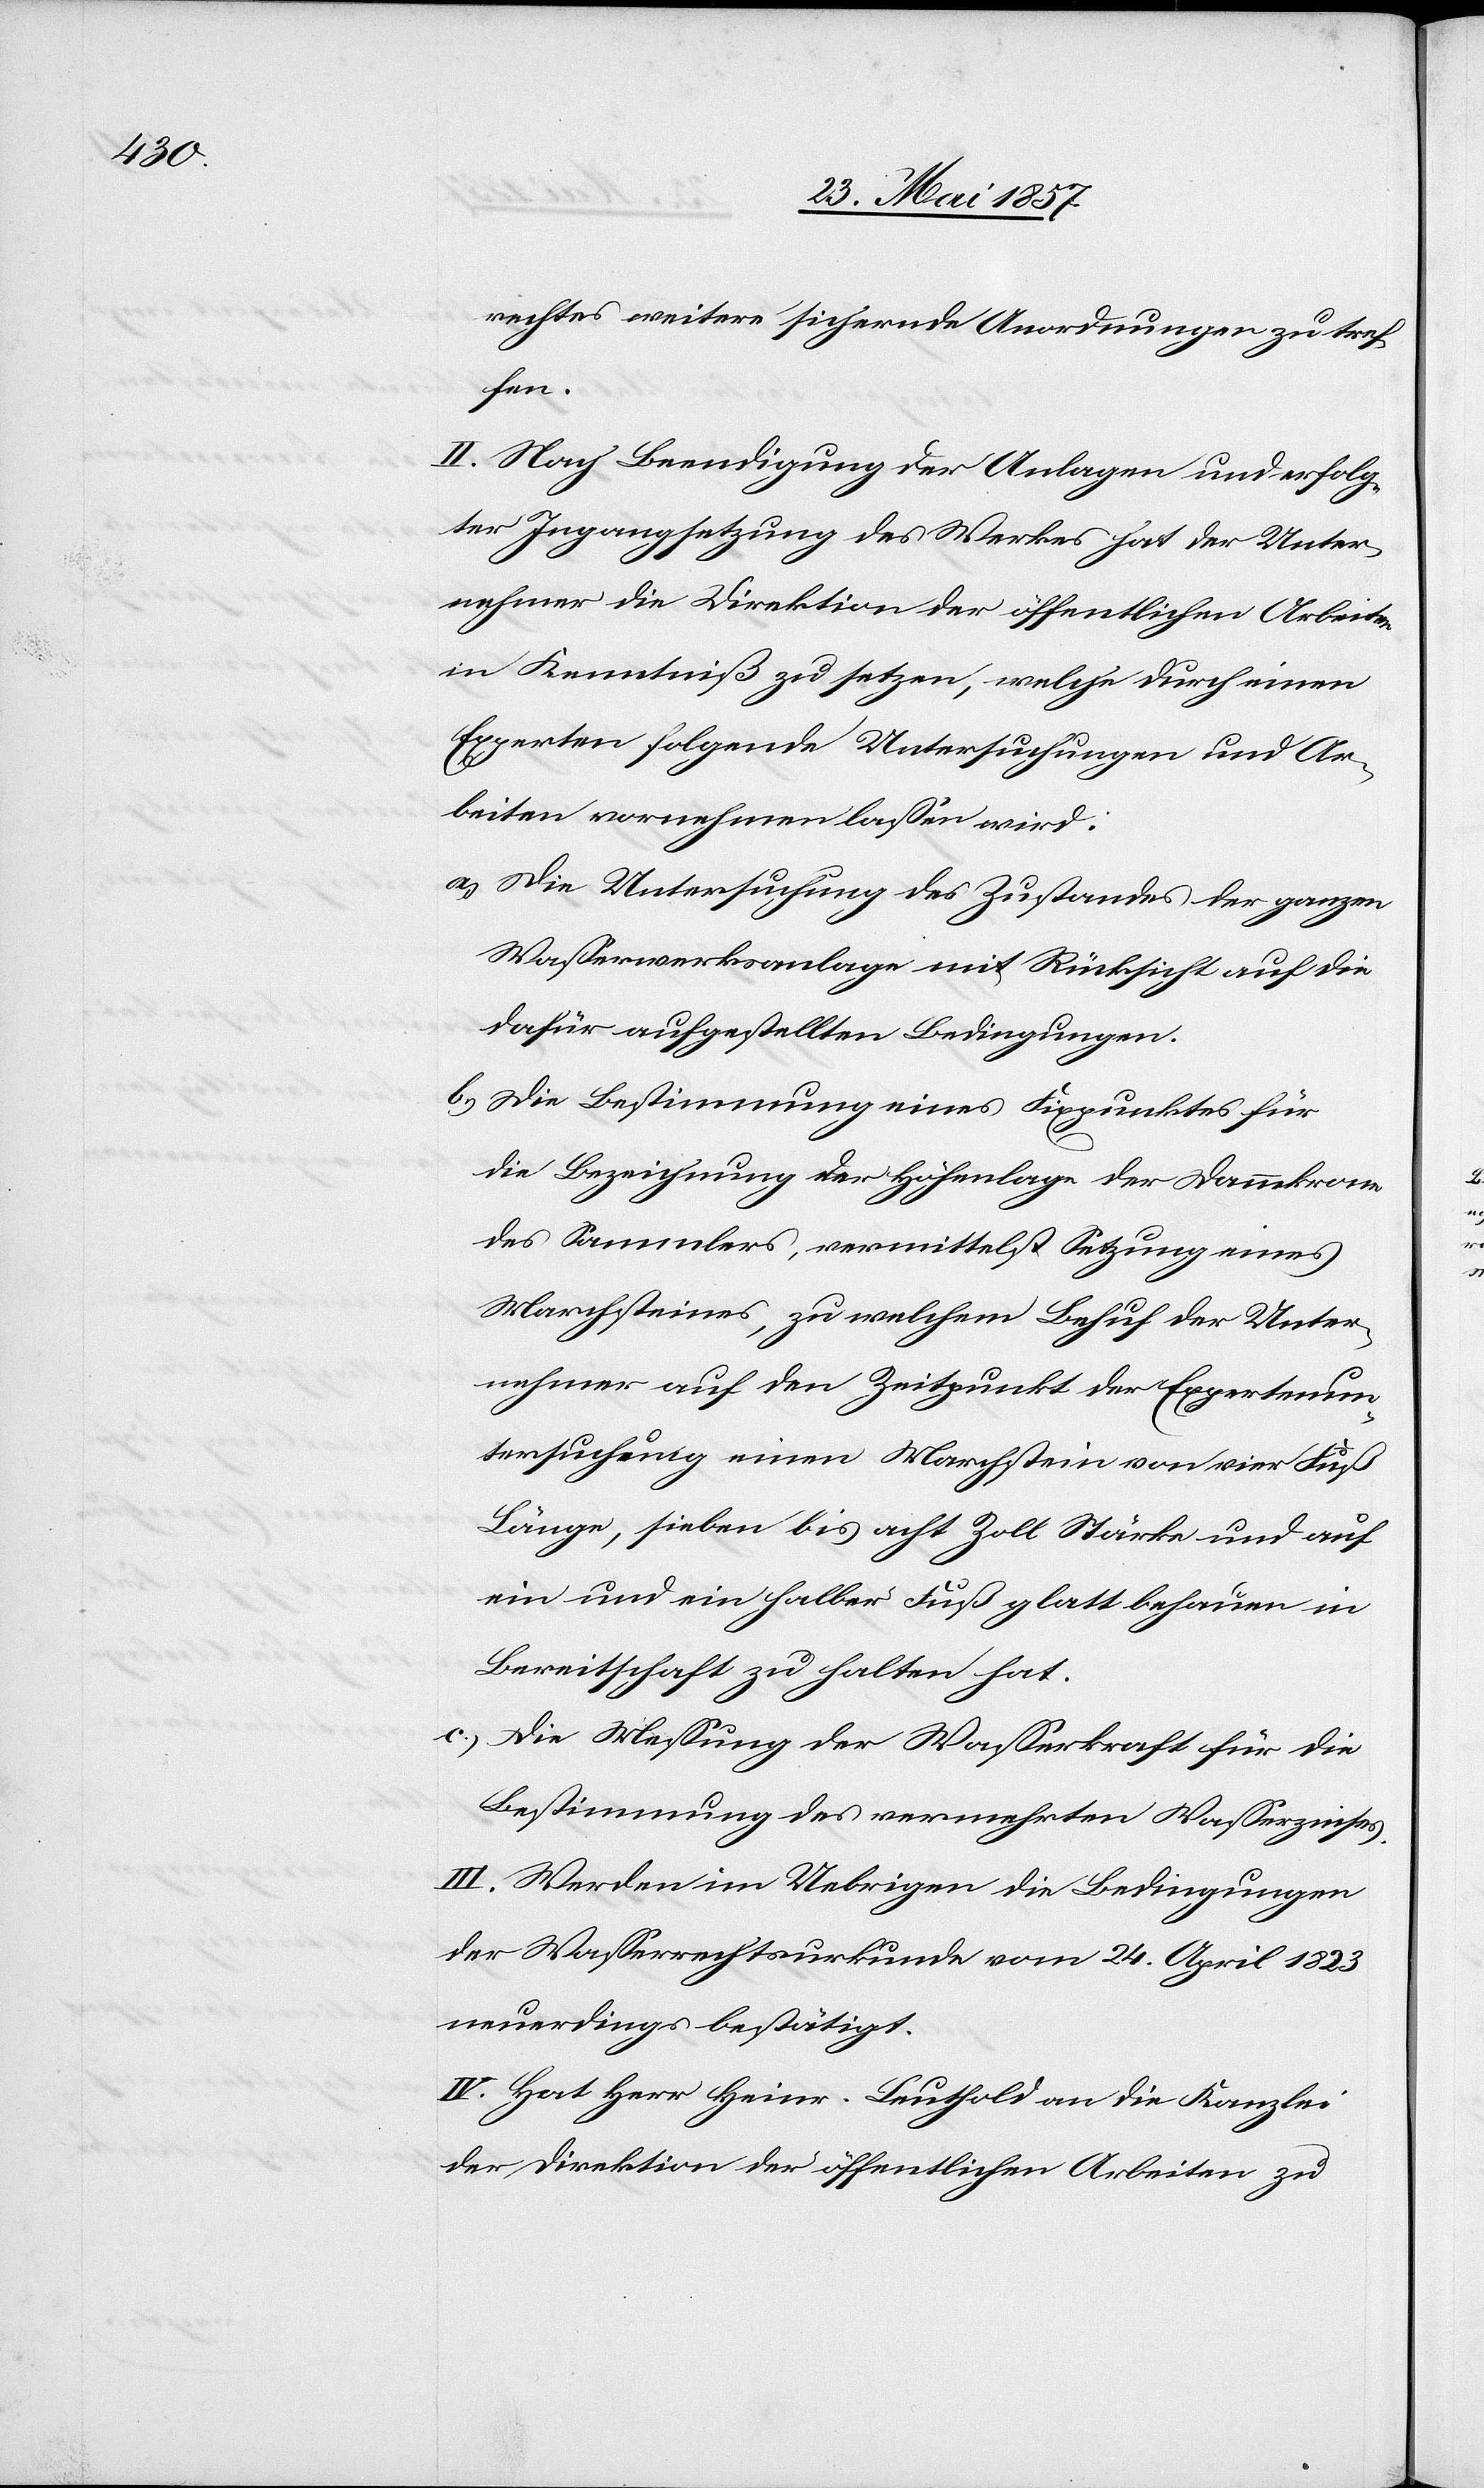
rechtes weitere sichernde Anordnungen zu tref¬
fen.
II. Nach Beendigung der Anlagen und erfolg¬
ter Ingangsetzung des Werkes hat der Unter¬
nehmer die Direktion der öffentlichen Arbeiten
in Kenntniß zu setzen, welche durch einen
Experten folgende Untersuchungen und Ar¬
beiten vornehmen lassen wird:
a.) Die Untersuchung des Zustandes der ganzen
Wasserwerksanlage mit Rücksicht auf die
dafür aufgestellten Bedingungen.
b) Die Bestimmung eines Fixpunktes für
die Bezeichnung der Höhenlage der Dammkrone
des Sammlers, vermittelst Setzung eines
Marchsteines, zu welchem Behuf der Unter¬
nehmer auf den Zeitpunkt der Expertenun¬
tersuchung einen Marchstein von vier Fuß
Länge, sieben bis acht Zoll Stärke und auf
ein und ein halber Fuß glatt behauen in
Bereitschaft zu halten hat.
c.) Die Messung der Wasserkraft für die
Bestimmung des vermehrten Wasserzinses.
III. Werden im Uebrigen die Bedingungen
der Wasserrechtsurkunde vom 24 April 1823
neuerdings bestätigt.
IV. Hat Herr Heinr. Leuthold an die Kanzlei
der Direktion der öffentlichen Arbeiten zu